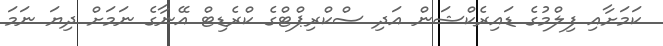
ކަމަށާއި ފިލްމުގެ ޑައިރެކްޝަން އަދި ސްކްރިޕްޓްގެ ކްރެޑިޓް އޭނާގެ ނަމަށް ދިޔަ ނަމަ